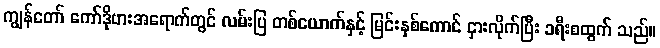
ကျွန်တော် ကော်ဒိုဗားအရောက်တွင် လမ်းပြ တစ်ယောက်နှင့် မြင်းနှစ်ကောင် ငှားလိုက်ပြီး ခရီးစထွက် သည်။